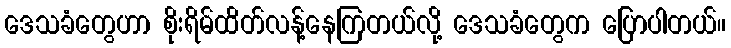
ဒေသခံတွေဟာ စိုးရိမ်ထိတ်လန့်နေကြတယ်လို့ ဒေသခံတွေက ပြောပါတယ်။